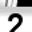
Digit: 2